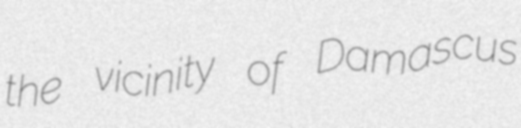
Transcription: the vicinity of Damascus